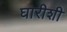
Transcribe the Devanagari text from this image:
घारीशी